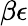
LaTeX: \beta\epsilon